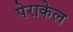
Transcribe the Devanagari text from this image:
पेराकेल